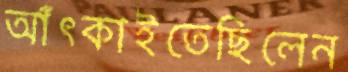
আঁৎকাইতেছিলেন